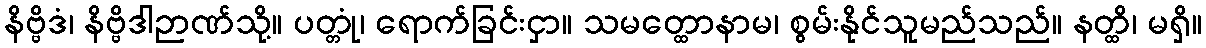
နိဗ္ဗိဒံ၊ နိဗ္ဗိဒါဉာဏ်သို့။ ပတ္တုံ၊ ရောက်ခြင်းငှာ။ သမတ္ထောနာမ၊ စွမ်းနိုင်သူမည်သည်။ နတ္ထိ၊ မရှိ။